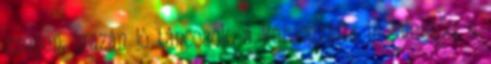
szépen, igazán jó táncosok, a koreográfia is jelentős, a